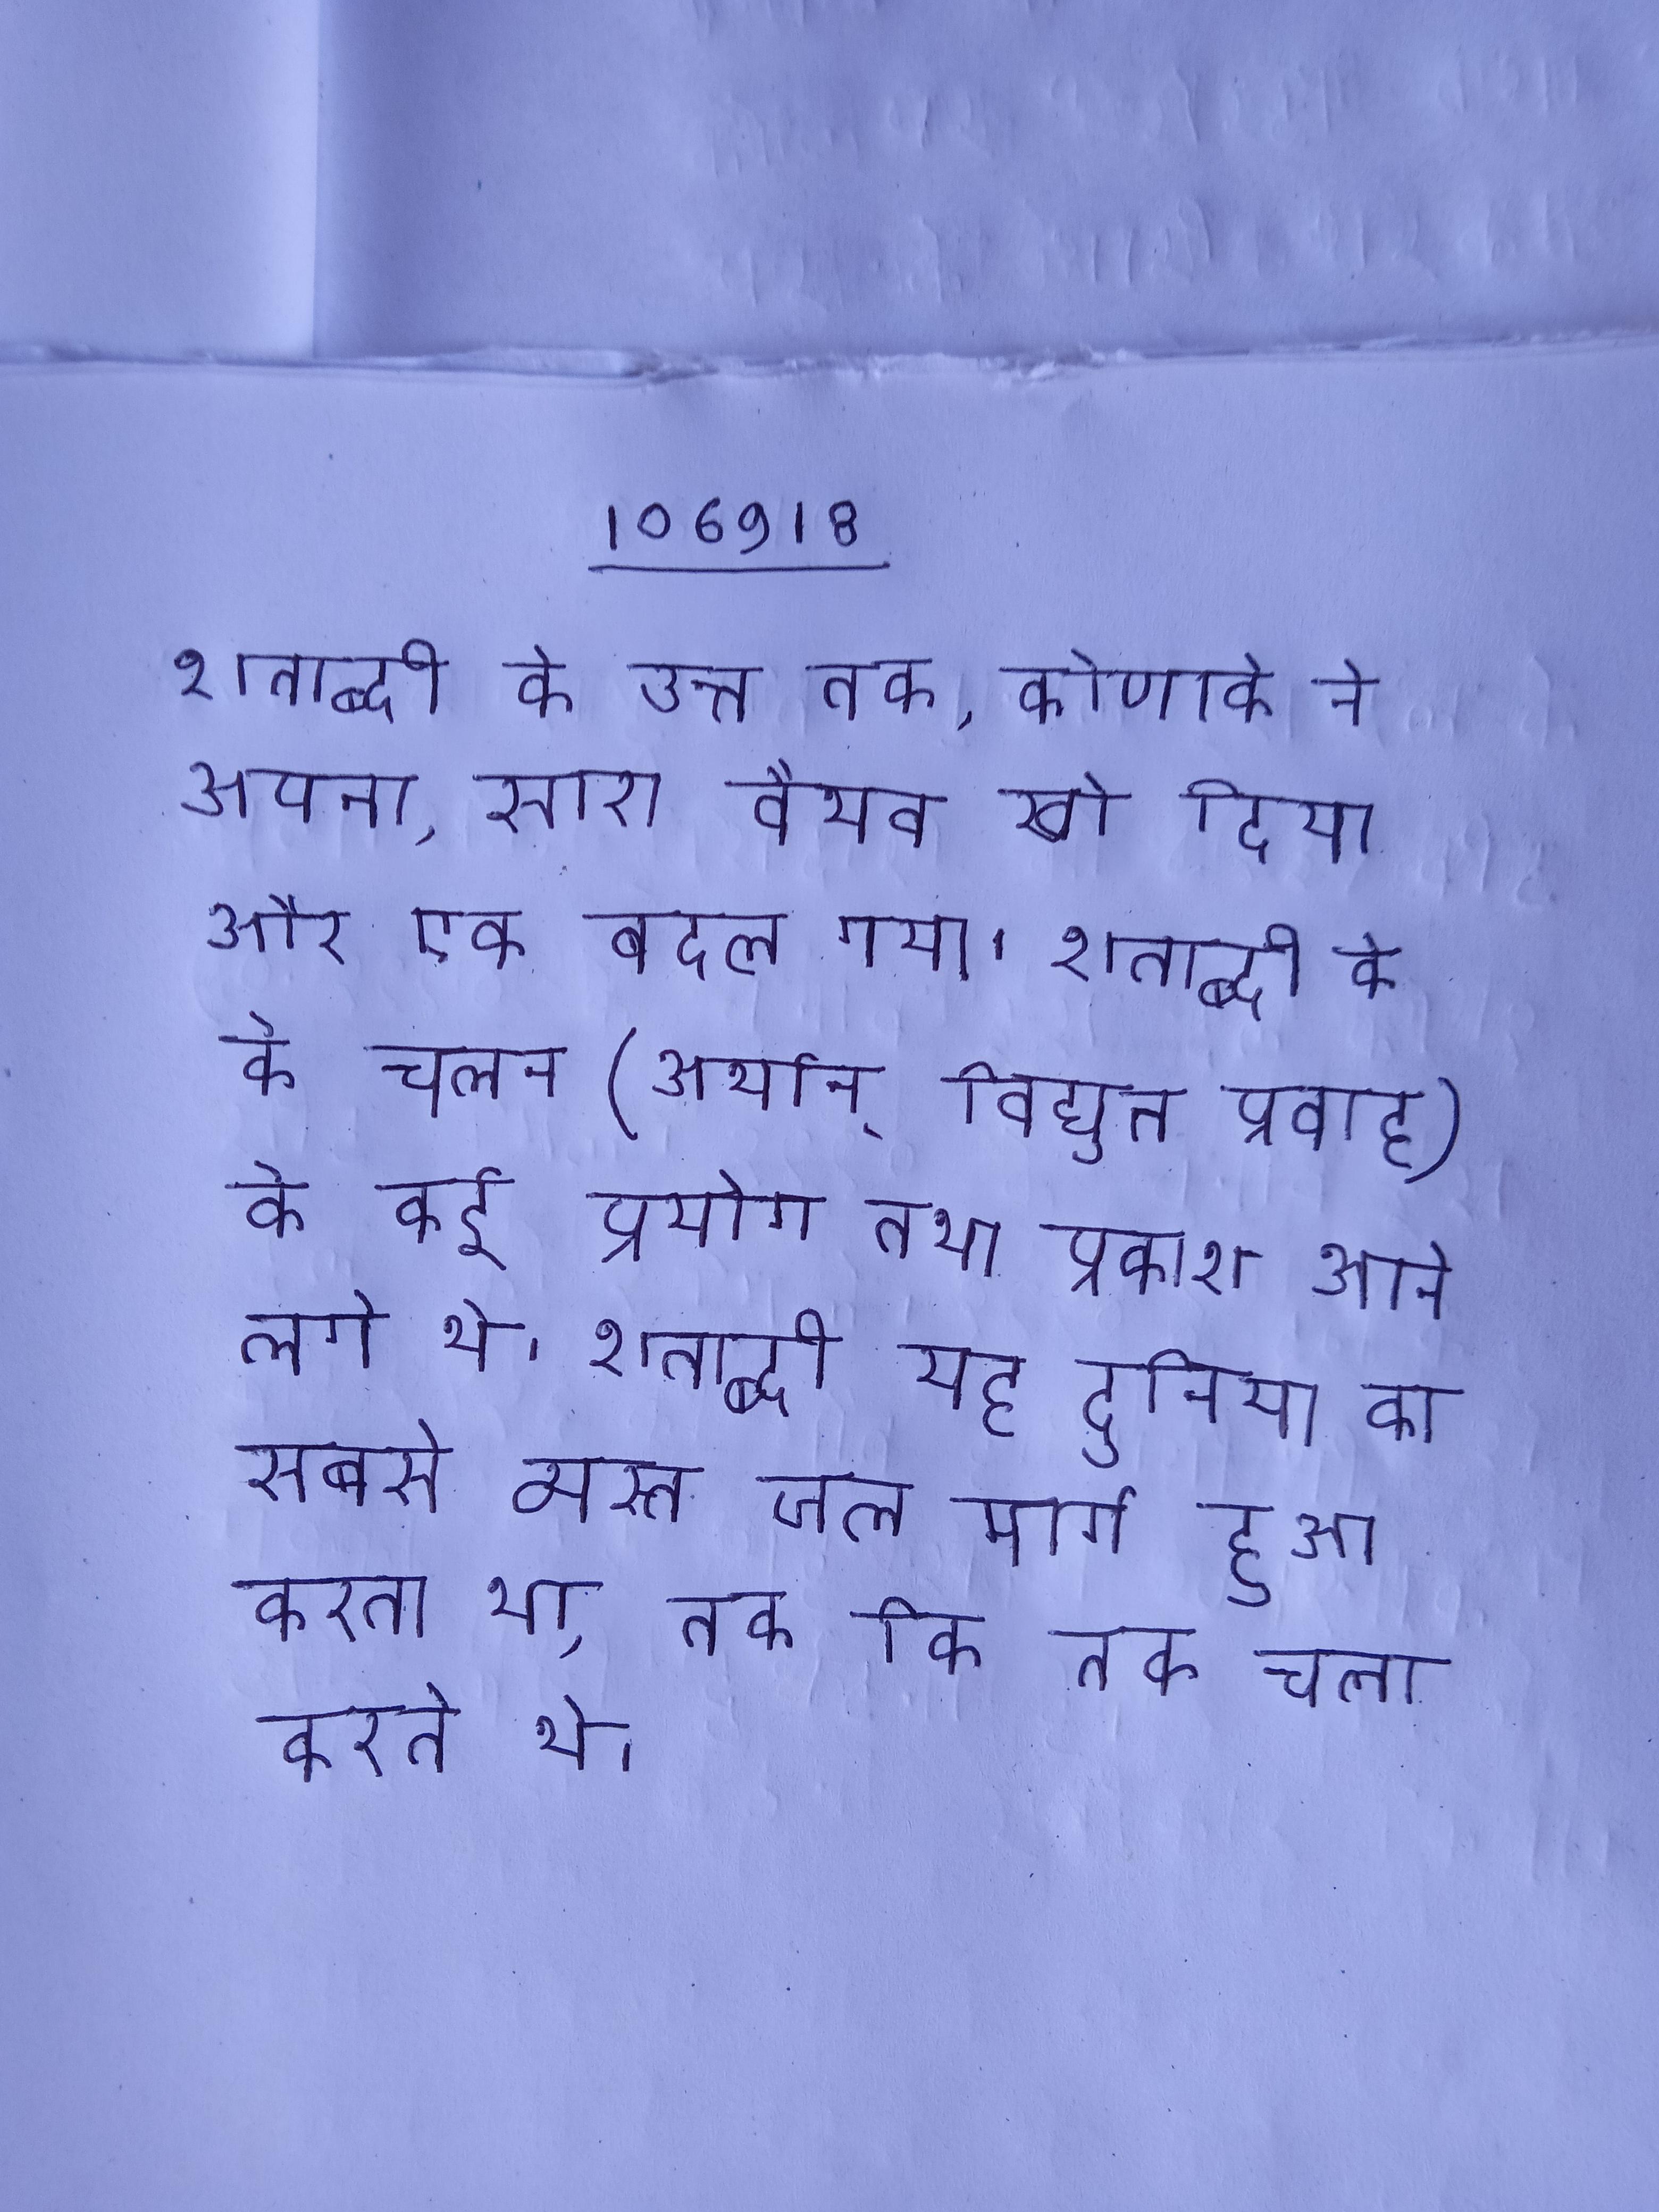
शताब्दी के अन्त तक, कोणार्क ने अपना, सारा वैभव खो दिया और एक बदल गया । शताब्दी के के चलन (अर्थात् विद्युत प्रवाह) के कई प्रयोग तथा प्रकाश आने लगे थे । शताब्दी यह दुनिया का सबसे व्यस्त जल मार्ग हुआ करता था, तक कि तक चला करते थे ।